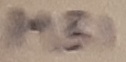
Text: MB1